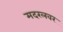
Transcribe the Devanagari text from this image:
मदरलवर